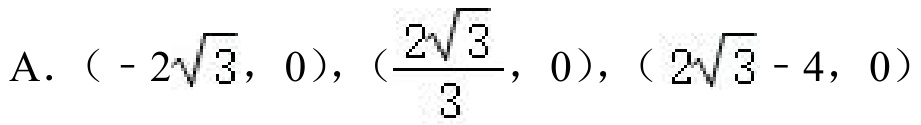
A. \(( - 2\sqrt{3},0)\)，\((\frac{2\sqrt{3}}{3},0)\)，\((2\sqrt{3} - 4,0)\)